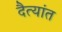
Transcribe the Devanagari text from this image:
दैत्यांत